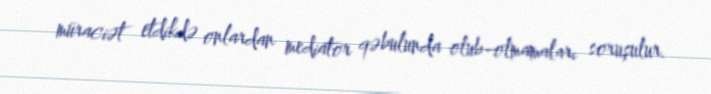
müraciət etdikdə onlardan mediator qəbulunda olub-olmamaları soruşulur.